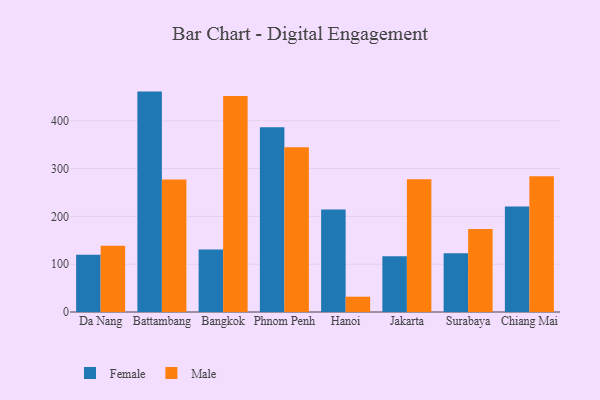
{"axis": {"x": "City", "y": "Market Share (%)"}, "legend": ["Female", "Male"], "data": [{"x": "Da Nang", "y": 119.6, "type": "Female"}, {"x": "Da Nang", "y": 138.8, "type": "Male"}, {"x": "Battambang", "y": 461.1, "type": "Female"}, {"x": "Battambang", "y": 277.1, "type": "Male"}, {"x": "Bangkok", "y": 130.7, "type": "Female"}, {"x": "Bangkok", "y": 451.8, "type": "Male"}, {"x": "Phnom Penh", "y": 386.5, "type": "Female"}, {"x": "Phnom Penh", "y": 344.9, "type": "Male"}, {"x": "Hanoi", "y": 214.6, "type": "Female"}, {"x": "Hanoi", "y": 32.0, "type": "Male"}, {"x": "Jakarta", "y": 116.7, "type": "Female"}, {"x": "Jakarta", "y": 277.7, "type": "Male"}, {"x": "Surabaya", "y": 123.0, "type": "Female"}, {"x": "Surabaya", "y": 173.8, "type": "Male"}, {"x": "Chiang Mai", "y": 220.8, "type": "Female"}, {"x": "Chiang Mai", "y": 284.0, "type": "Male"}]}